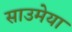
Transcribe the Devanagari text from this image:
साउमेया